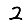
Digit: 2